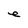
Character: e